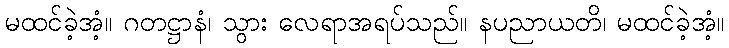
မထင်ခဲ့အံ့။ ဂတဋ္ဌာနံ၊ သွား လေရာအရပ်သည်။ နပညာယတိ၊ မထင်ခဲ့အံ့။